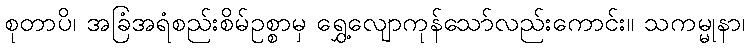
စုတာပိ၊ အခြံအရံစည်းစိမ်ဥစ္စာမှ ရွှေ့လျောကုန်သော်လည်းကောင်း။ သကမ္မုနာ၊